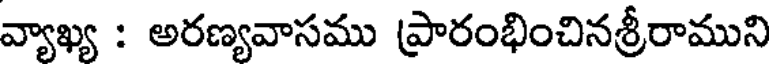
వ్యాఖ్య : అరణ్యవాసము ప్రారంభించినశ్రీరాముని